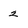
Character: 2